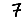
Digit: 7